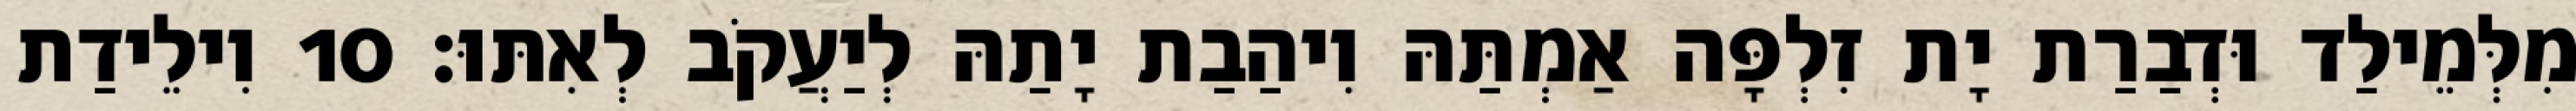
מִלְּמֵילַד וּדְבַרַת יָת זִלְפָּה אַמְתַּהּ וִיהַבַת יָתַהּ לְיַעֲקֹב לְאִתּוּ׃ 10 וִילֵידַת